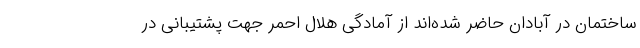
ساختمان در آبادان حاضر شده‌اند از آمادگی هلال احمر جهت پشتیبانی در